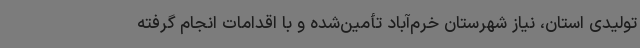
تولیدی استان، نیاز شهرستان خرم‌آباد تأمین‌شده و با اقدامات انجام گرفته